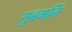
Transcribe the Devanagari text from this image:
सुब्रमनिं